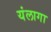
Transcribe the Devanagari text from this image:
यंलागा